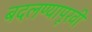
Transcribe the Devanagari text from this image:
बदलण्यापूरवी